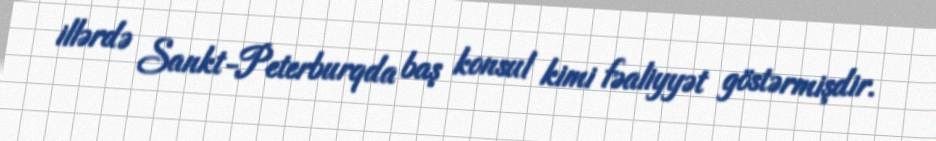
illərdə Sankt-Peterburqda baş konsul kimi fəaliyyət göstərmişdir.